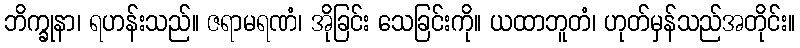
ဘိက္ခုနာ၊ ရဟန်းသည်။ ဇရာမရဏံ၊ အိုခြင်း သေခြင်းကို။ ယထာဘူတံ၊ ဟုတ်မှန်သည်အတိုင်း။